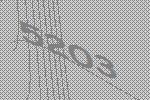
5203